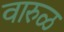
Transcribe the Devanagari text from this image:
वारुळ